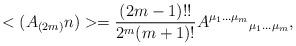
LaTeX: \begin{align*}<(A_{(2m)}n)> = \frac{(2m-1)!!}{2^m(m+1)!}A^{\mu_1\ldots\mu_m}{}_{\mu_1\ldots\mu_m},\end{align*}